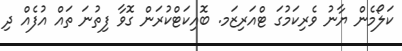
ކަލޯމެން ޔާނު ވެރިކަމުގަ ޓްއަރިޒަމ. ބޮއިކަޓްކުރަން ގޮވާ ފިތުނަ ތައް އުފެއް ދި